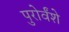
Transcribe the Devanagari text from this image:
पुरोर्वंशे